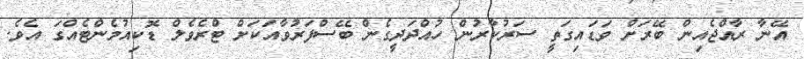
އޭނާ ރާއްޖެއިން ބޭރަށް ވަޑައިގަތީ ސަރުކާރުން ހުއްދަދީގެން ބޭސްފަރުވާއަކަށް ޓްރެވެލް ޑޮކިއުމެންޓެއްގަ އެވެ.